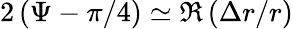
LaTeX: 2\left(\Psi-\pi/4\right)\simeq\Re\left(\Delta r/r\right)